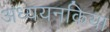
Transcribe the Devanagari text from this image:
अध्ययनकिया